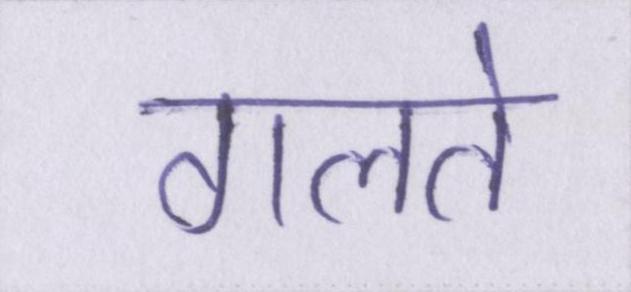
गलते